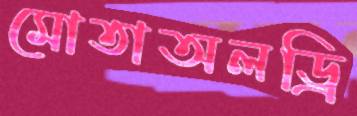
মোতাঅলড্রি